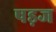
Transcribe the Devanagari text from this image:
षड़ज